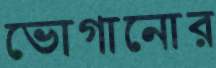
ভোগানোর